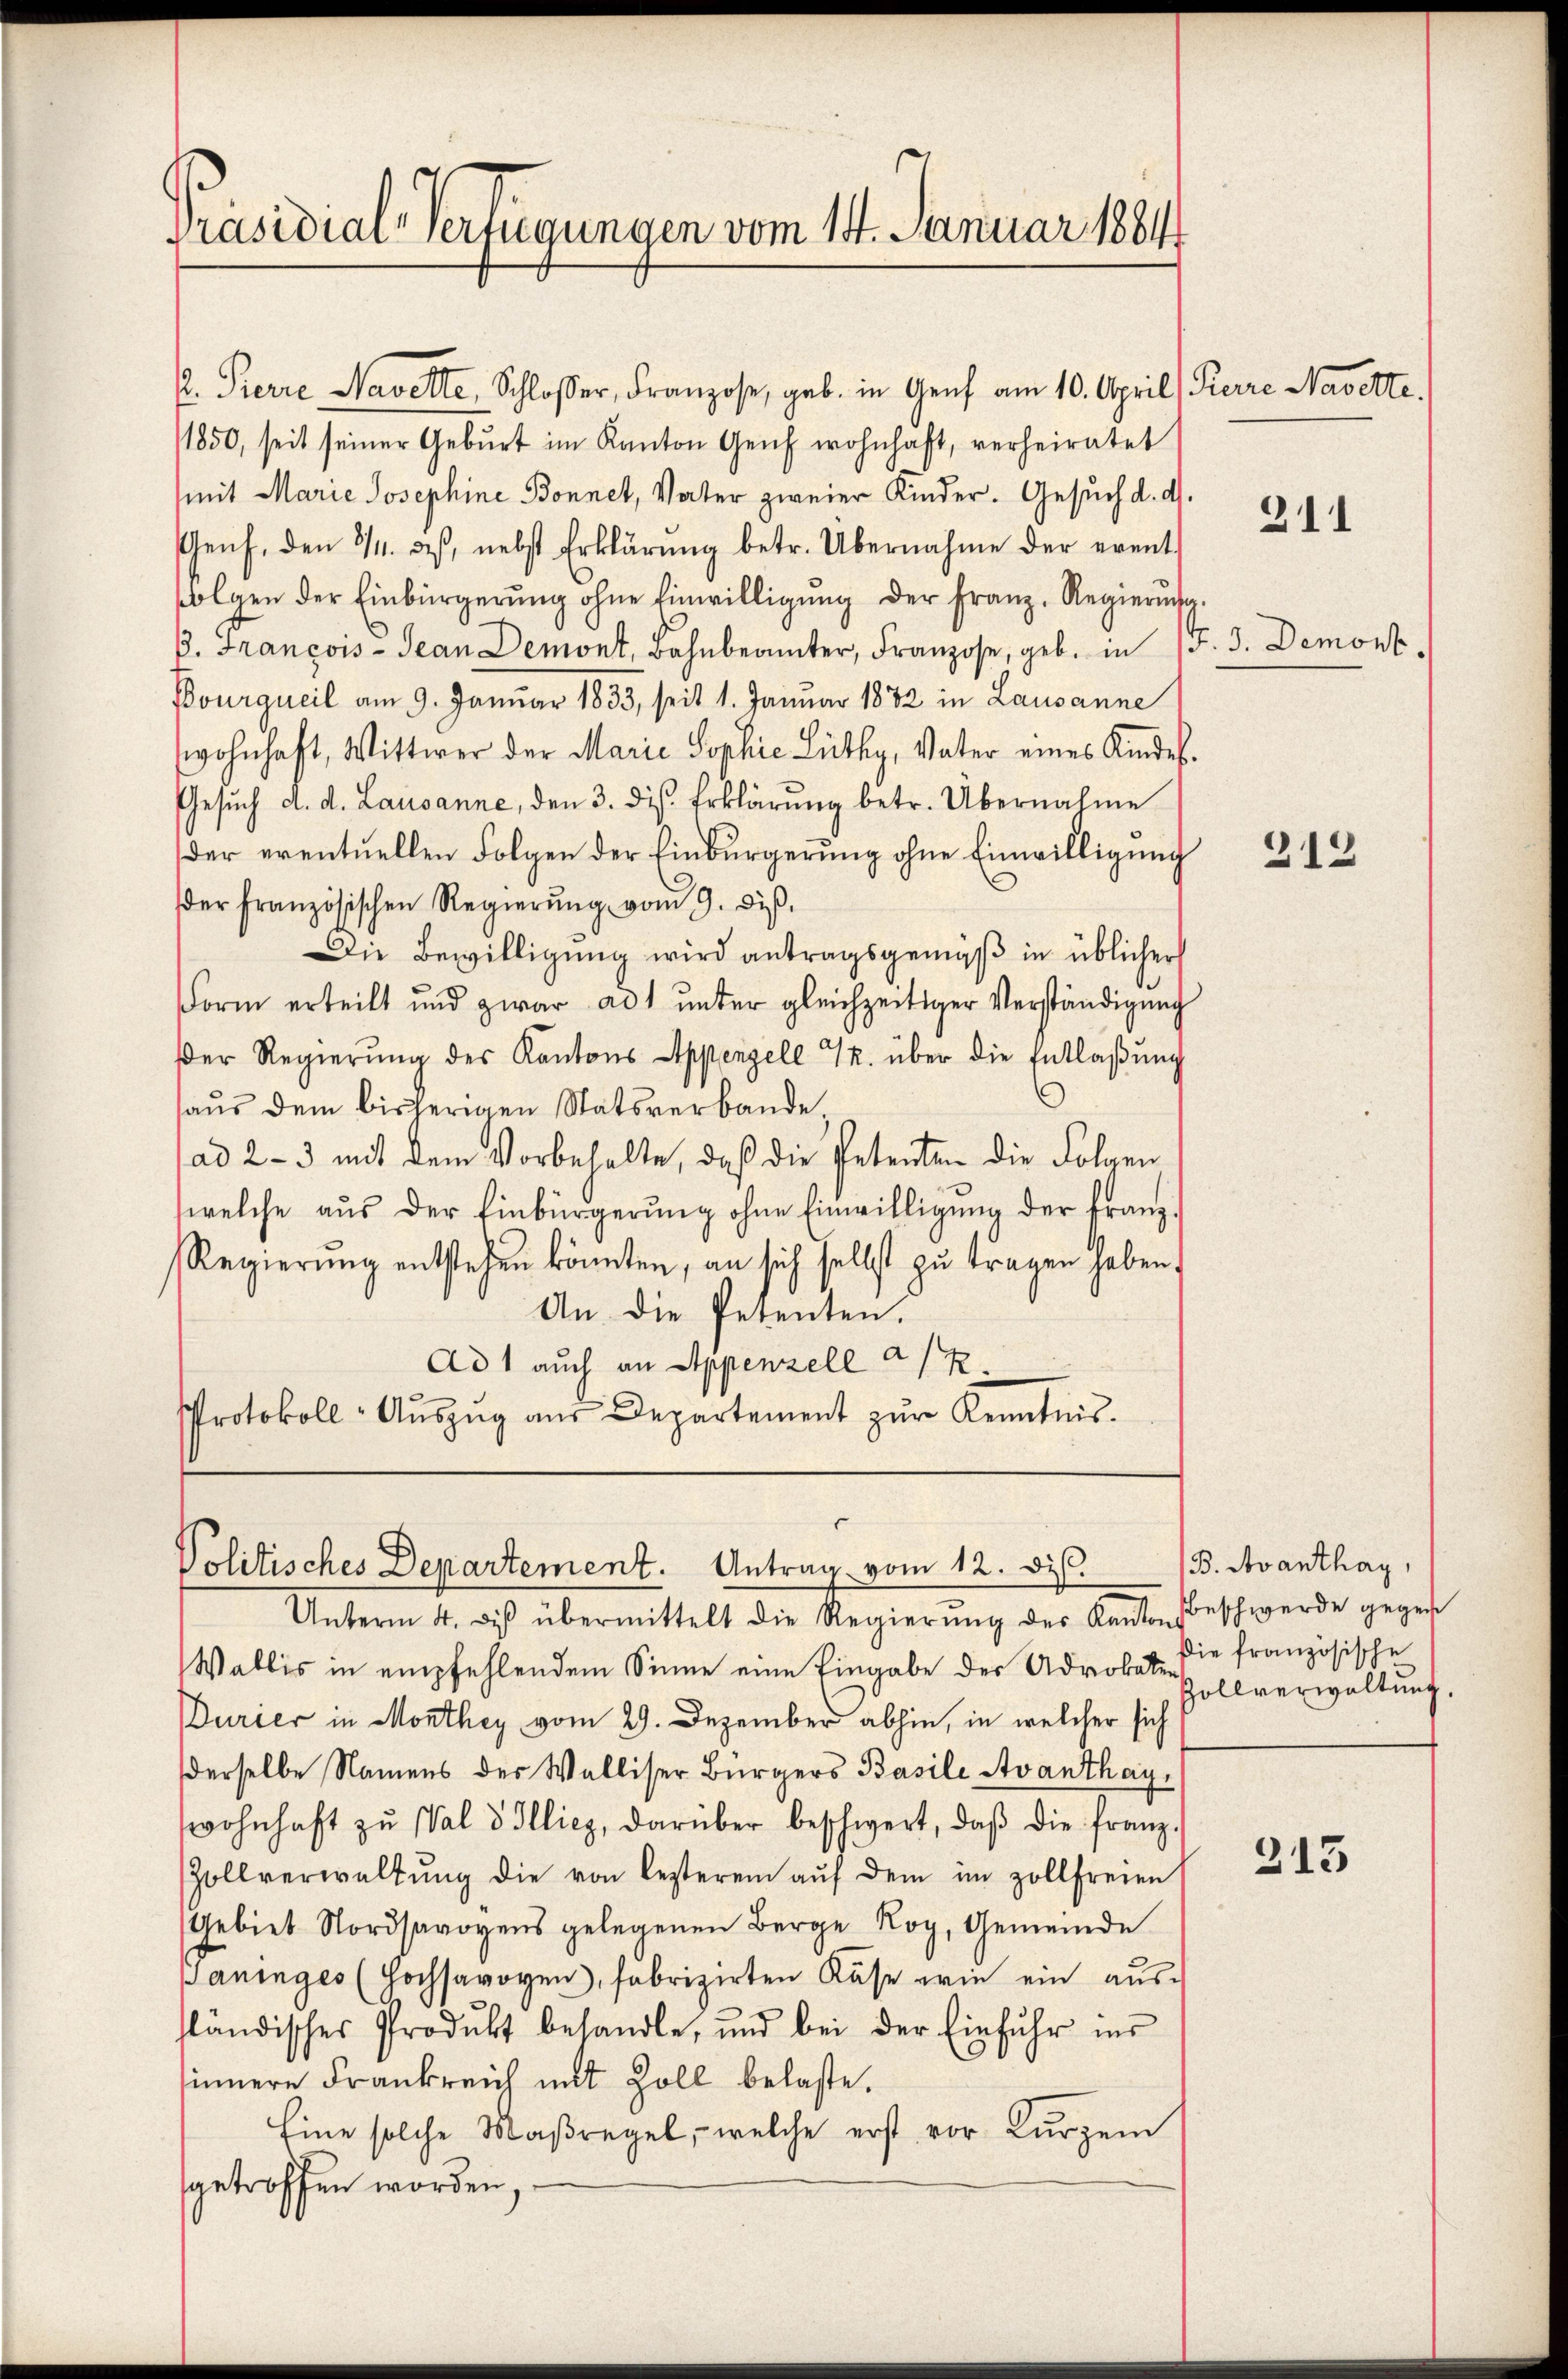
Präsidial-Verfügungen vom 14. Januar 1884

2. Pierre Navelte, Schloßer, Franzose, geb. in Genf am 10. April Kerre Navette.
/1850, seit seiner Gebŭrt im Kanton Genf wohnhaft, verheiratet
mit Marie Josephine Bonnet, Vater zweier Kinder. Gesuch d. d.
Genf, den 3/4. ds, nebst Erklärŭng betr. Übernahme der event
folgen der Einbürgerŭng ohne Einwilligŭng der Franz, Regierŭng
B. Francois-Jean Demont, Bahnbeamter, Franzose, geb. in 15. J. Demont
Bourqueil am 9. Januar 1835, seit 1. Januar 1882 in Lausanne
wohnhaft, Wittwer der Marie Sophie Lüthy, Vater eines Kindes-
Gesŭch d. d. Lausanne, den 3. ds. Erklärŭng betr. Übernahme
der eventuellen Folgen der Einbürgerung ohne Einwilligung
der französischen Regierŭng vom 9. dieß.
Die Bewilligung wird antragsgemäß in üblicher
Form erteilt und zwar ad unter gleichzeitiger Verständigung
Der Regierŭng des Kantons Appenzell 7. über die Entlaßung
0
haŭs dem bisherigen Statsverbande,
ad 2-3 mit dem Vorbehalte, daß die Petenten die Folgen
welche aus der Einbürgerŭng ohne Einwilligŭng der franz-
Regierŭng entstehen könnten, an sich selbst zŭ tragen haben.
An die Petenten.
Ad 1 auch an Appenzell a/R
Protokoll- Aŭszŭg aŭs Departement zŭr Kenntnis.

Politisches Departement. Antrag vom 12. ds.

Unterm 4. dβ übermittelt die Regierŭng des Kantons
Wallis in empfehlendem Sinne eine Eingabe der Udrobe die französische
Durier in Monthey vom 29. Dezember abhin, in welcher sich
derselbe Namens des Walliser Bürgers Basili Avanthaywohnhaft zŭ Wald Illiez, darüber beschwert, daβ die franz-
Zollverwaltŭng die von lezterem aŭf dem im Zollfreien
Gebiet Nordsavoyens gelegenen Berge Kog, Gemeinde
paninges (Hochsavoyen, fabrizirten Käse wie ein ausfländisches Produkt behandle, und bei der Einfuhr ins
sinnere Frankreich mit Zoll belaste.
Eine solche Maßregel, – welche erst vor Kurzem
getroffen worden,

211

313

B. Avanthay,
Beschwerde gegen
Zollverwaltung.

213